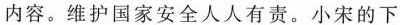
内容。维护国家安全人人有责。小宋的下